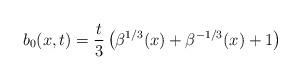
LaTeX: \begin{align*}b_0(x,t)=\frac{t}{3}\left(\beta^{1/3}(x)+\beta^{-1/3}(x)+1\right)\end{align*}